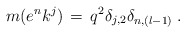
\begin{align*}m(e^nk^j)\,=\,q^2\delta_{j,2}\delta_{n,(l-1)}\;.\end{align*}